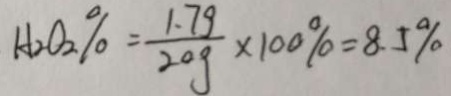
H _ { 2 } O _ { 2 } \% = \frac { 1 . 7 g } { 2 0 g } \times 1 0 0 \% = 8 . 5 \%